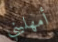
أمهليني